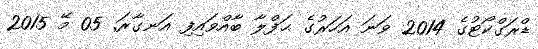
ޑްރަގްކޯޓުގެ 2014 ވަނަ އަހަރުގެ ޙަފްލާ ބާއްވައިފި އަނގާރަ